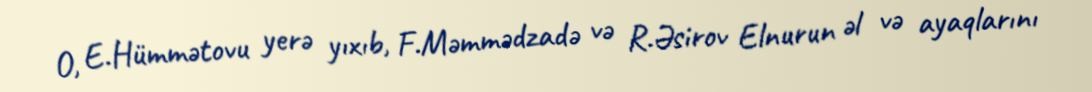
O, E.Hümmətovu yerə yıxıb, F.Məmmədzadə və R.Əsirov Elnurun əl və ayaqlarını